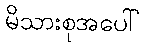
မိသားစုအပေါ်